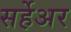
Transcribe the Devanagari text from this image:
सर्हेअर